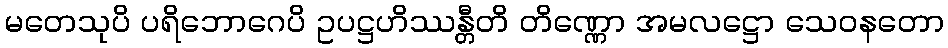
မတေသုပိ ပရိဘောဂေပိ ဥပဋ္ဌဟိဿန္တီတိ တိဏ္ဏော အမလဋ္ဌော သေဝနတော